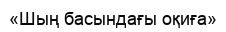
«Шың басындағы оқиға»